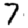
Digit: 7